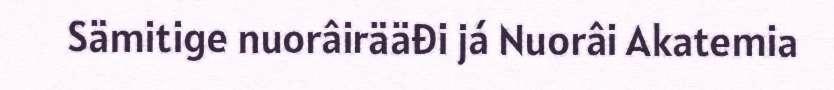
Sämitige nuorâirääđi já Nuorâi Akatemia